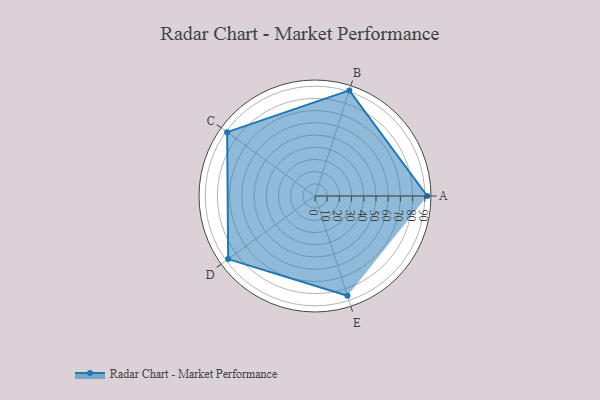
{"axis": {"x": "Skill", "y": "Score"}, "legend": ["Profile"], "data": [{"x": "A", "y": 92.0, "type": "Profile"}, {"x": "B", "y": 91.0, "type": "Profile"}, {"x": "C", "y": 89.0, "type": "Profile"}, {"x": "D", "y": 88.0, "type": "Profile"}, {"x": "E", "y": 86.0, "type": "Profile"}]}